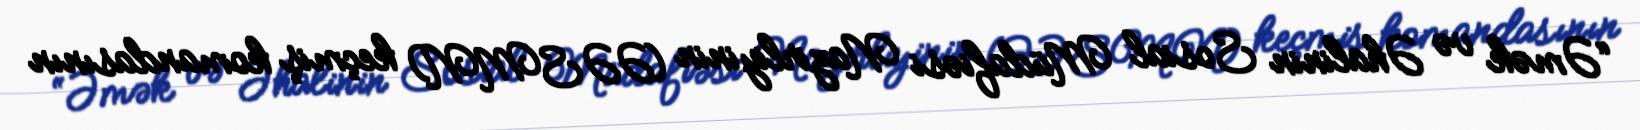
“Əmək və Əhalinin Sosial Müdafiəsi Nazirliyinin (ƏƏSMN) keçmiş komandasının